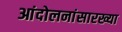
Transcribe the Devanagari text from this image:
आंदोलनांसारख्या